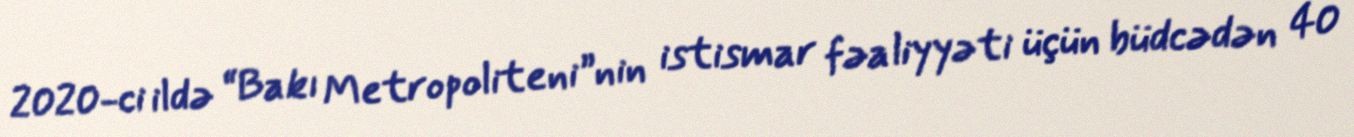
2020-ci ildə “Bakı Metropoliteni”nin istismar fəaliyyəti üçün büdcədən 40